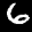
Label: 6